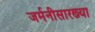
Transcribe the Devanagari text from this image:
जर्मनीसारख्या